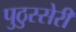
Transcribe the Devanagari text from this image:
पुठुस्सेरी